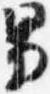
男